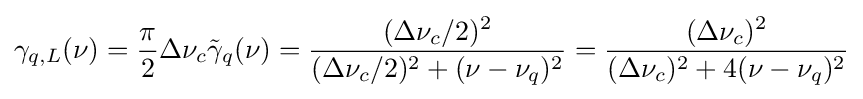
\gamma _{q,L}(\nu )={\frac {\pi }{2}}\Delta \nu _{c}{\tilde {\gamma }}_{q}(\nu )={\frac {(\Delta \nu _{c}/2)^{2}}{(\Delta \nu _{c}/2)^{2}+(\nu -\nu _{q})^{2}}}={\frac {(\Delta \nu _{c})^{2}}{(\Delta \nu _{c})^{2}+4(\nu -\nu _{q})^{2}}}